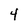
Character: 4